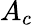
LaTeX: A_{c}